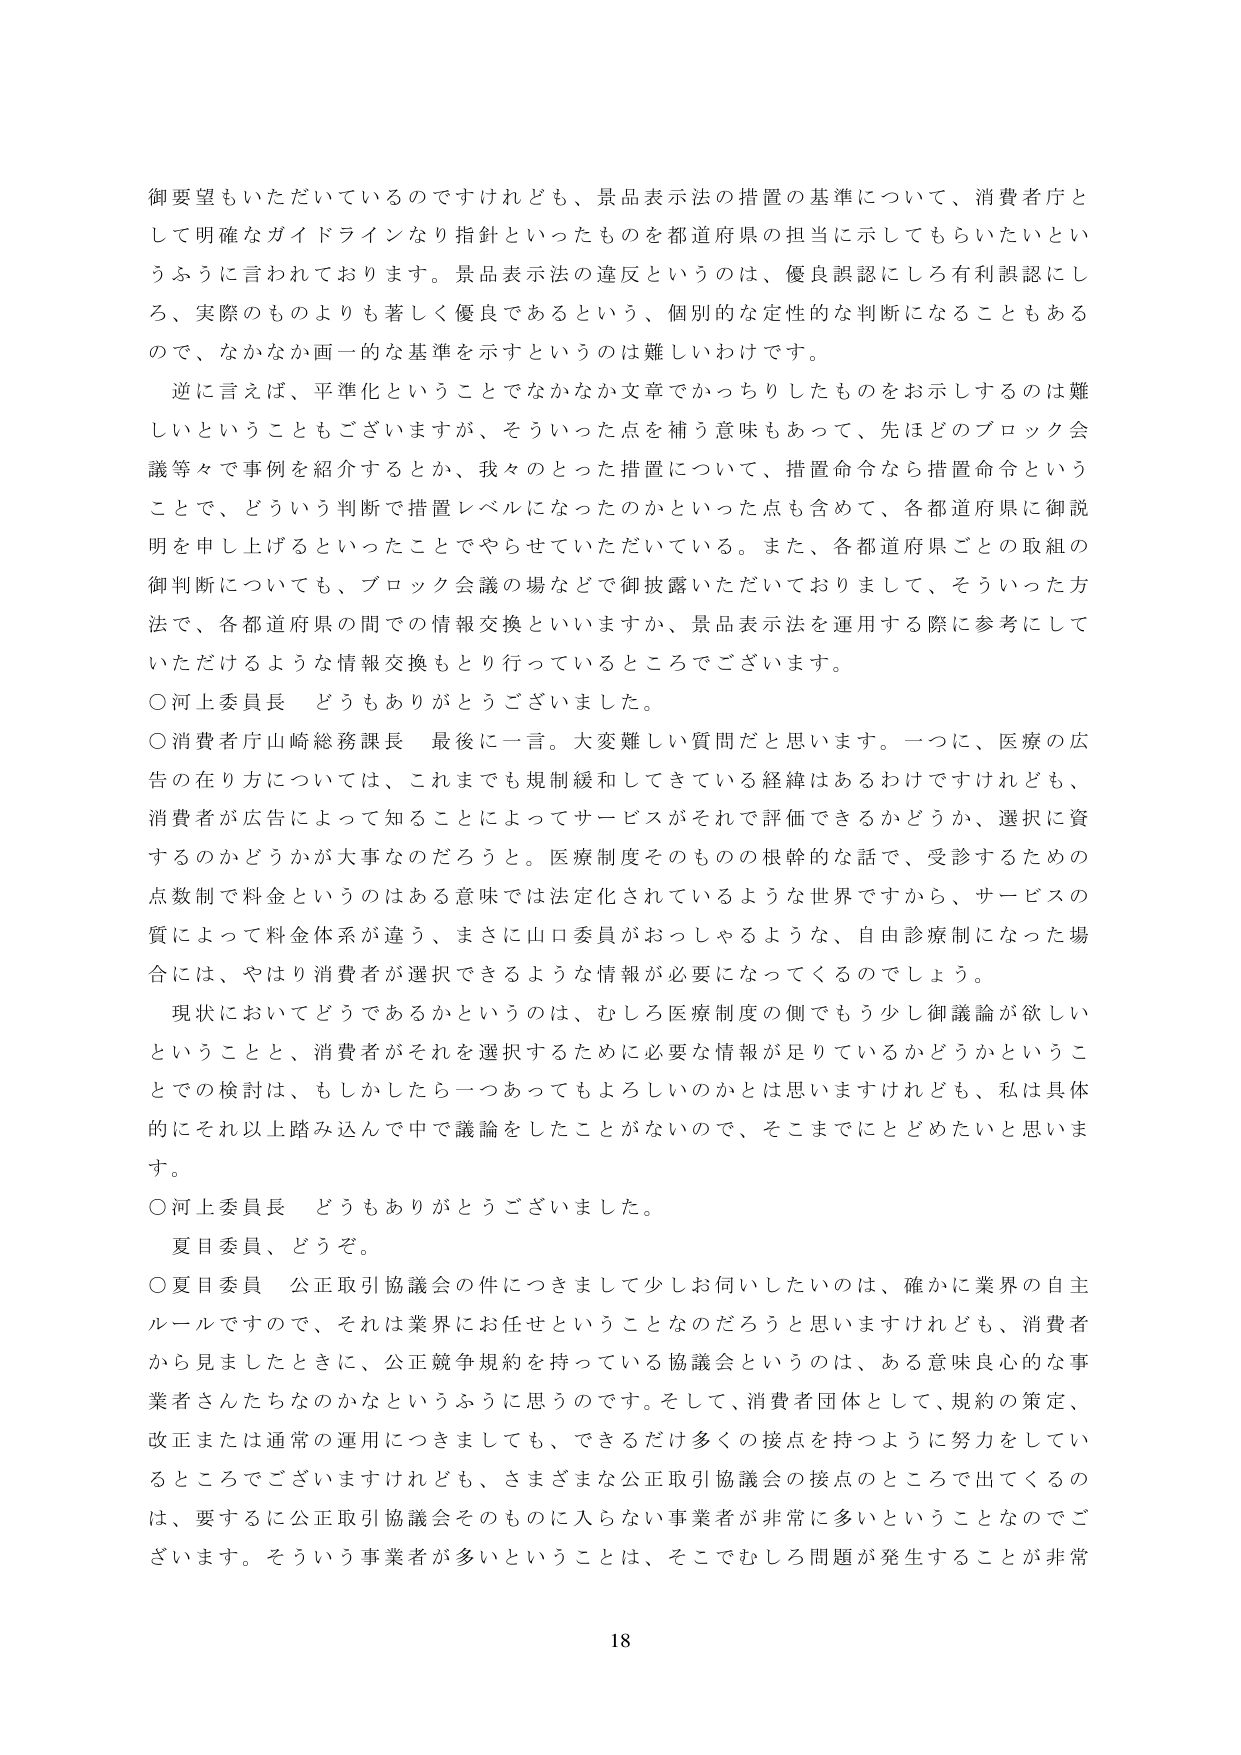
御要望もいただいているのですけれども、景品表示法の措置の基準について、消費者庁として明確なガイドラインなり指針といったものを都道府県の担当に示してもらいたいというふうに言われております。景品表示法の違反というのは、優良誤認にしろ有利誤認にしろ、実際のものよりも著しく優良であるという、個別的な定性的な判断になることもあるので、なかなか画一的な基準を示すというのは難しいわけです。

逆に言えば、平準化ということでなかなか文章でかっちりしたものをお示しするのは難しいということもございますが、そういった点を補う意味もあって、先ほどのブロック会議等々で事例を紹介するとか、我々のとった措置について、措置命令なら措置命令ということで、どういう判断で措置レベルになったのかといった点も含めて、各都道府県に御説明を申し上げるといったことでやらせていただいている。また、各都道府県ごとの取組の御判断についても、ブロック会議の場などで御披露いただいておりまして、そういった方法で、各都道府県の間での情報交換といいますか、景品表示法を運用する際に参考にしていただけるような情報交換もとり行っているところでございます。

○河上委員長　どうもありがとうございました。

○消費者庁山崎総務課長　最後に一言。大変難しい質問だと思います。一つに、医療の広告の在り方については、これまでも規制緩和してきている経緯はあるわけですがけれども、消費者が広告によって知ることによってサービスがそれで評価できるかどうか、選択に資するのかどうかが大事なのだろうと。医療制度そのものの根幹的な話で、受診するための点数制で料金というのはある意味では法定化されているような世界ですから、サービスの質によって料金体系が違う、まさに山口委員がおっしゃるような、自由診療制になった場合には、やはり消費者が選択できるような情報が必要になってくるのでしょう。

現状においてどうであるかというのは、むしろ医療制度の側でもう少し御議論が欲しいということと、消費者がそれを選択するために必要な情報が足りているかどうかということで検討は、もしかしたら一つあってもよろしいのかとは思いますけれども、私は具体的にそれ以上踏み込んで中で議論をしたことがないので、そこまでにとどめたいと思います。

○河上委員長　どうもありがとうございました。

夏目委員、どうぞ。

○夏目委員　公正取引協議会の件につきまして少しお伺いしたいのは、確かに業界の自主ルールですので、それは業界にお任せということなのだろうと思いますけれども、消費者から見ましたときに、公正競争規約を持っている協議会というのは、ある意味良心的な事業者さんたちなのかなというふうに思うのです。そして、消費者団体として、規約の策定、改正または通常の運用につきましても、できるだけ多くの接点を持つように努力をしているところでございますけれども、さまざまな公正取引協議会の接点のところで出てくるのは、要するに公正取引協議会そのものに入らない事業者が非常に多いということなのでございます。そういう事業者が多いということは、そこでむしろ問題が発生することが非常

18